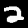
Digit: 2